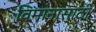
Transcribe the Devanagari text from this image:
विमानासाठी